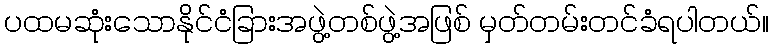
ပထမဆုံးသောနိုင်ငံခြားအဖွဲ့တစ်ဖွဲ့အဖြစ် မှတ်တမ်းတင်ခံရပါတယ်။